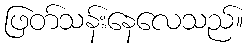
ဖြတ်သန်းနေလေသည်။